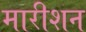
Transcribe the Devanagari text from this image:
मारीशन